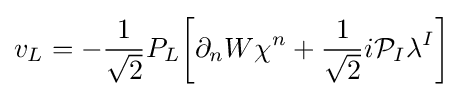
v_{L}=-{\frac {1}{\sqrt {2}}}P_{L}{\bigg [}\partial _{n}W\chi ^{n}+{\frac {1}{\sqrt {2}}}i{\mathcal {P}}_{I}\lambda ^{I}{\bigg ]}